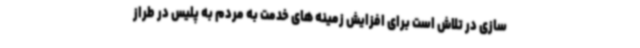
سازی در تلاش است برای افزایش زمینه های خدمت به مردم به پلیس در طراز